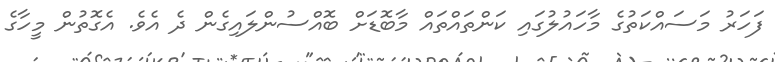
ފަހަރު މަސައްކަތުގެ މާހައުލުގައި ކަންތައްތައް މާބޮޑަށް ބޮއްސުންލައިގެން ދެ އެވެ. އެގޮތުން މީހާގެ